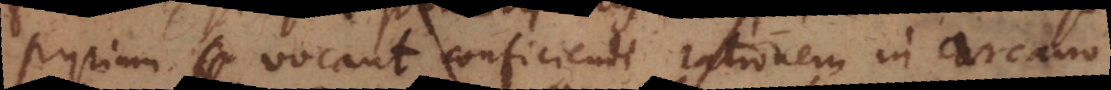
pyrium vocant conficiendi rationem in arcano